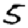
Digit: 5